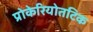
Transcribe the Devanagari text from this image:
प्रोकेरियोतटिक